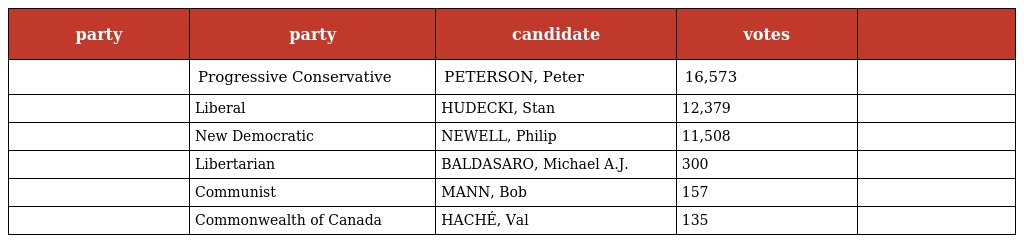
| party | party | candidate | votes |  |
 | --- | --- | --- | --- | --- |
 |  | Progressive Conservative | PETERSON, Peter | 16,573 |  |
 |  | Liberal | HUDECKI, Stan | 12,379 |  |
 |  | New Democratic | NEWELL, Philip | 11,508 |  |
 |  | Libertarian | BALDASARO, Michael A.J. | 300 |  |
 |  | Communist | MANN, Bob | 157 |  |
 |  | Commonwealth of Canada | HACHÉ, Val | 135 |  |